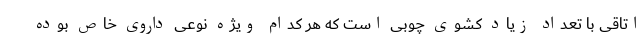
اتاقی با تعداد زیاد کشوی چوبی است که هر کدام ویژه نوعی داروی خاص بوده